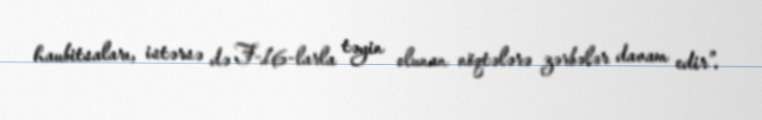
haubitsaları, istərsə də F-16-larla təyin olunan nöqtələrə zərbələr davam edir”.